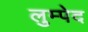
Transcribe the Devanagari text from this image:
लुम्पेद